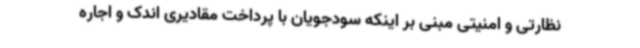
نظارتی و امنیتی مبنی بر اینکه سودجویان با پرداخت مقادیری اندک و اجاره